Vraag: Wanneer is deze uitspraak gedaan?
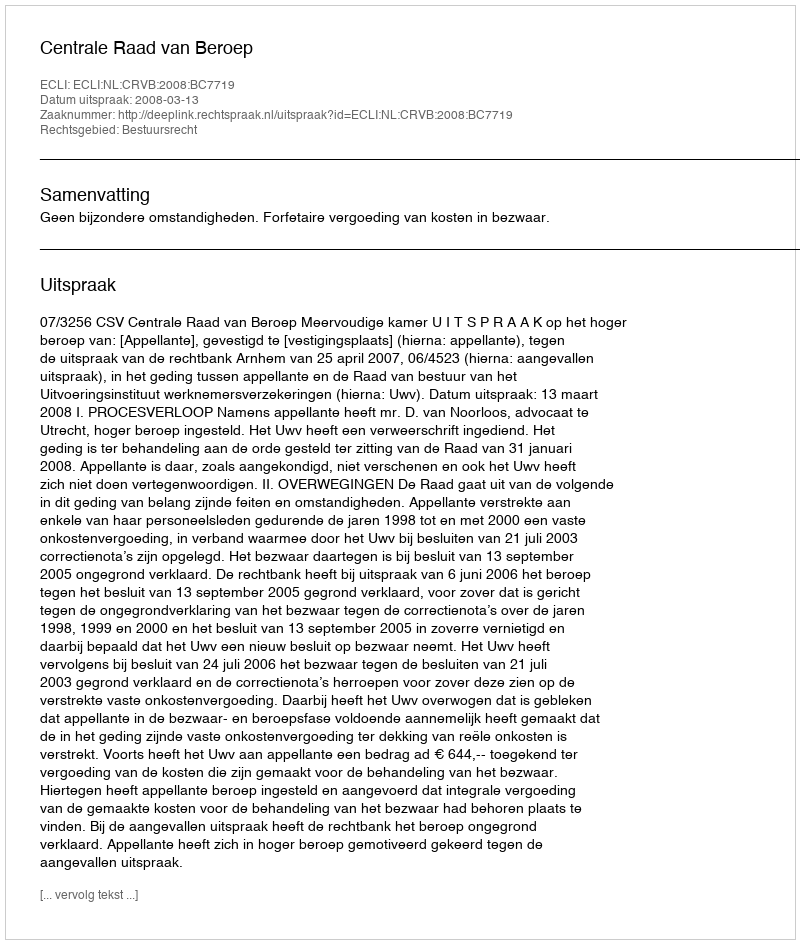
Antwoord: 2008-03-13